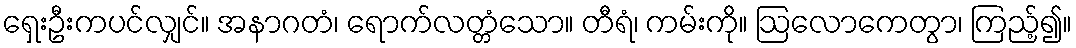
ရှေးဦးကပင်လျှင်။ အနာဂတံ၊ ရောက်လတ္တံသော။ တီရံ၊ ကမ်းကို။ ဩလောကေတွာ၊ ကြည့်၍။